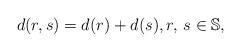
LaTeX: \begin{align*}d(r,s)=d(r)+d(s),r,\, s\in\mathbb S,\end{align*}